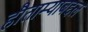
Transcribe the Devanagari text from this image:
हौताम्याबद्दल